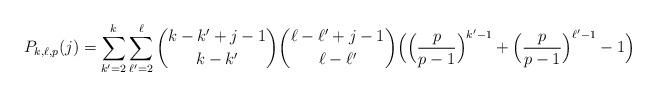
LaTeX: \begin{align*} P_{k,\ell,p}(j) = \sum_{k'=2}^{k} \sum_{\ell'=2}^{\ell} \binom{k-k'+j-1}{k-k'} \binom{\ell-\ell'+j-1}{\ell-\ell'} \Big( \Big( \frac{p}{p-1} \Big)^{k'-1} + \Big( \frac{p}{p-1} \Big)^{\ell'-1}-1 \Big)\end{align*}